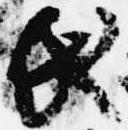
氏